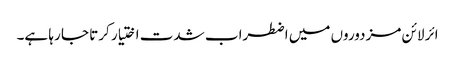
ائر لائن مزدوروں میں اضطراب شدت اختیار کرتا جا رہا ہے۔